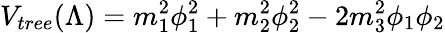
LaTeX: V_{tree}(\Lambda)=m_{1}^{2}\phi_{1}^{2}+m_{2}^{2}\phi_{2}^{2}-2m_{3}^{2}\phi_{1}\phi_{2}